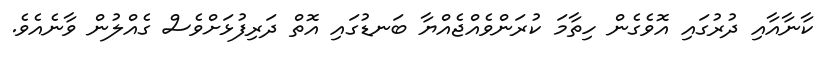
ކާނާއާއި ދުރުގައި އޮވެގެން ހިތާމަ ކުރަންވެއްޖެއްޔާ ބަނޑުގައި އޮތް ދަރިފުޅަށްވެސް ގެއްލުން ވާނެއެވެ.